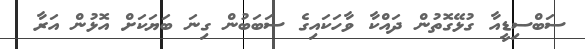
ސަބްސިޑީއާ ގުޅޭގޮތުން ދައްކާ ވާހަކައިގެ ސަބަބުން ގިނަ ބަޔަކަށް އޮޅުން އަރާ